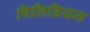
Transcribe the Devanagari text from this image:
पिलिडियम